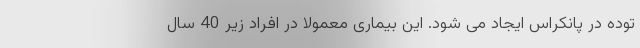
توده در پانکراس ایجاد می شود. این بیماری معمولا در افراد زیر 40 سال